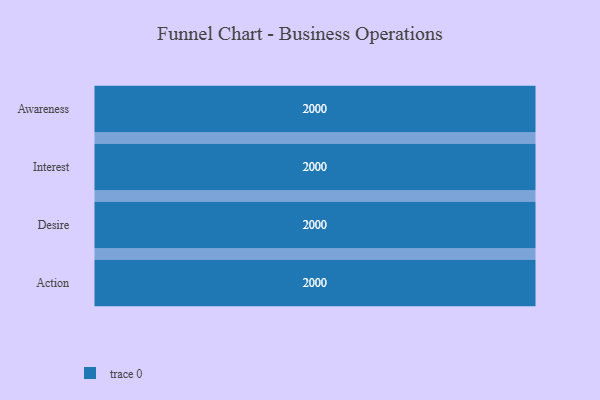
{"axis": {"x": "Stage", "y": "Value"}, "legend": [""], "data": [{"x": "Awareness", "y": 2000, "type": ""}, {"x": "Interest", "y": 2000, "type": ""}, {"x": "Desire", "y": 2000, "type": ""}, {"x": "Action", "y": 2000, "type": ""}]}